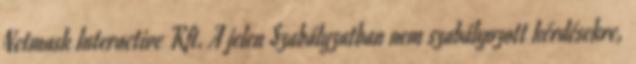
Netmask Interactive Kft. A jelen Szabályzatban nem szabályozott kérdésekre,